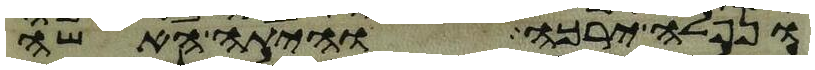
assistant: ונפלה ירכה והיתה האשה